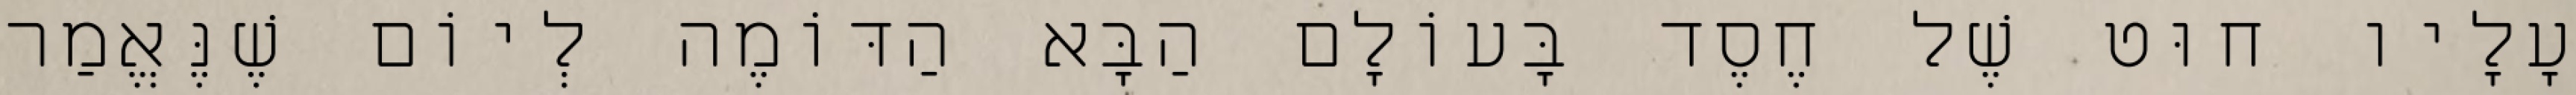
עָלָיו חוּט שֶׁל חֶסֶד בָּעוֹלָם הַבָּא הַדּוֹמֶה לְיוֹם שֶׁנֶּאֱמַר